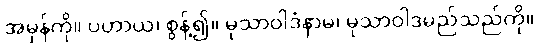
အမှန်ကို။ ပဟာယ၊ စွန့်၍။ မုသာဝါဒံနာမ၊ မုသာဝါဒမည်သည်ကို။